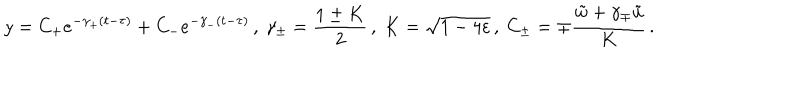
y = C _ { + } e ^ { - \gamma _ { + } ( t - \tau ) } + C _ { - } e ^ { - \gamma _ { - } ( t - \tau ) } \, , \ \gamma _ { \pm } = \frac { 1 \pm K } { 2 } \, , \ K = \sqrt { 1 - 4 \varepsilon } \, , \ C _ { \pm } = \mp \frac { \tilde { w } + \gamma _ { \mp } \tilde { u } } { K } \, .